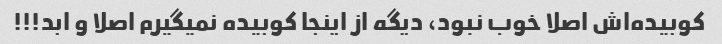
کوبیده‌اش اصلا خوب نبود، دیگه از اینجا کوبیده نمیگیرم اصلا و ابد!!!